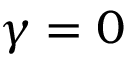
\gamma = 0